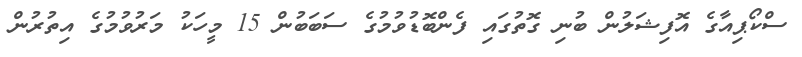
ސްކޯޕިއާގެ އޮފިޝަލުން ބުނި ގޮތުގައި ފެންބޮޑުވުމުގެ ސަބަބުން 15 މީހަކު މަރުވުމުގެ އިތުރުން